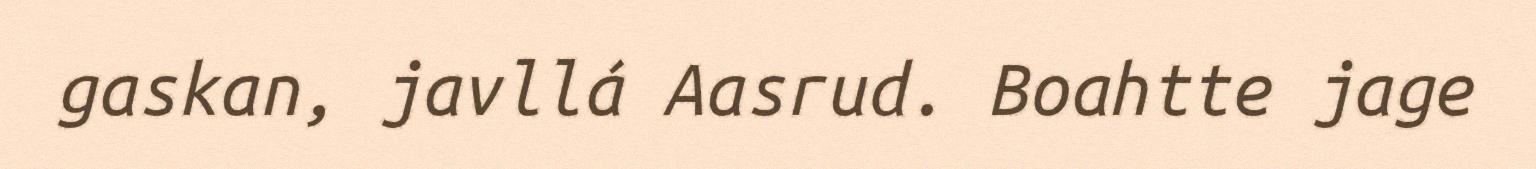
gaskan, javllá Aasrud. Boahtte jage